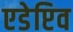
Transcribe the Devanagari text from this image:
एडेप्टिव